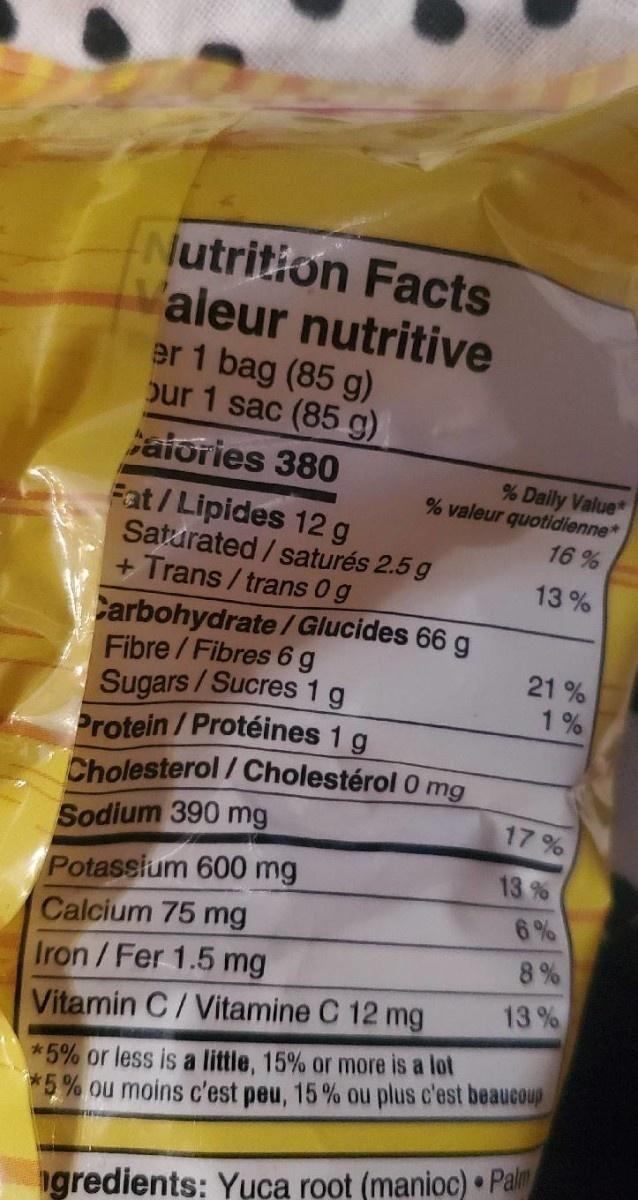
Nutrition Facts 'aleur nutritive er 1 bag (85 g) our 1 sac (85 g)
aiories 380
% Daily Value* % valeur quotidienne*
Fat/Lipides 12g Saturated / saturés 2.5 g + Trans / trans 0g
16 %
13 %
Carbohydrate/Glucides 66 g Fibre/Fibres 6g Sugars/Sucres 1g Protein/Protéines 1 g Cholesterol / Cholestérol 0 mg Sodium 390 mg
21 %
1%
17 %
Potassium 600 mg Calcium 75 mg
13 %
6%
8%
Iron/Fer 1.5 mg
13 %
Vitamin C/Vitamine C 12 mg
*5% or less is a little, 15% or more is a lot *5% ou moins c'est peu, 15% ou plus c'est beaucoup
gredients: Yuca root (manioc) • Palm